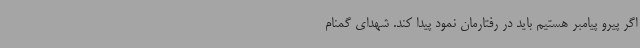
اگر پیرو پیامبر هستیم باید در رفتارمان نمود پیدا کند. شهدای گمنام